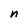
Character: n